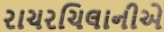
રાચરચિલાનીએ